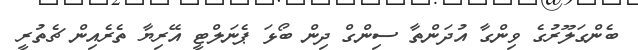
ބެންގަލޫރުގެ ވިންގާ އުދަންތާ ސިންގް ދިން ބޯޅަ ޕެނަލްޓީ އޭރިޔާ ތެރެއިން ޗެތުރީ